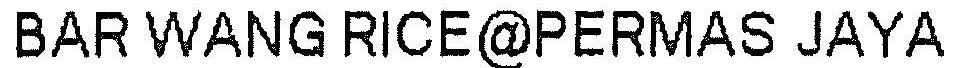
BAR WANG RICE@PERMAS JAYA